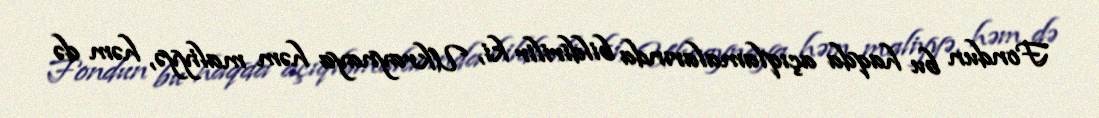
Fondun bu haqda açıqlamalarında bildirilir ki, Ukraynaya həm maliyyə, həm də